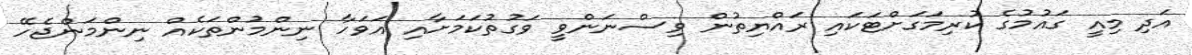
އަދި މިއީ ގައުމުގެ ކުރިމަގަށްޓަކައި ރައްޔިތުން ވިސްނަންވީ ވަގުތުކަމަށާއި އަވަހާ ނިންމުންތަކެއް ނިންމަންޖެހޭ